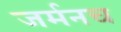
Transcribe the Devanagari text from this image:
जर्मनच